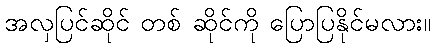
အလှပြင်ဆိုင် တစ် ဆိုင်ကို ပြောပြနိုင်မလား။